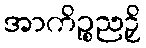
အာကိဉ္စညဉှိ